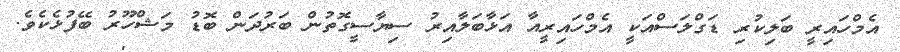
އެމްހައިރީ ބަލިކުރި ޑަގްލަސްއަކީ އެމްހައިރީއާ އަޅާބަލާއިރު ސިޔާސީގޮތުން ބަރުދަން ބޮޑު މަޝްހޫރު ބޭފުޅެކެވެ.